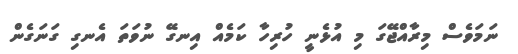
ނަމަވެސް މިރާއްޖޭގަ މި އުޅެނީ ހުރިހާ ކަމެއް އިނގޭ ނުވަތަ އެނގި ގަނަގެން